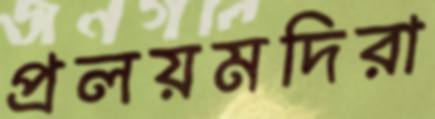
প্রলয়মদিরা